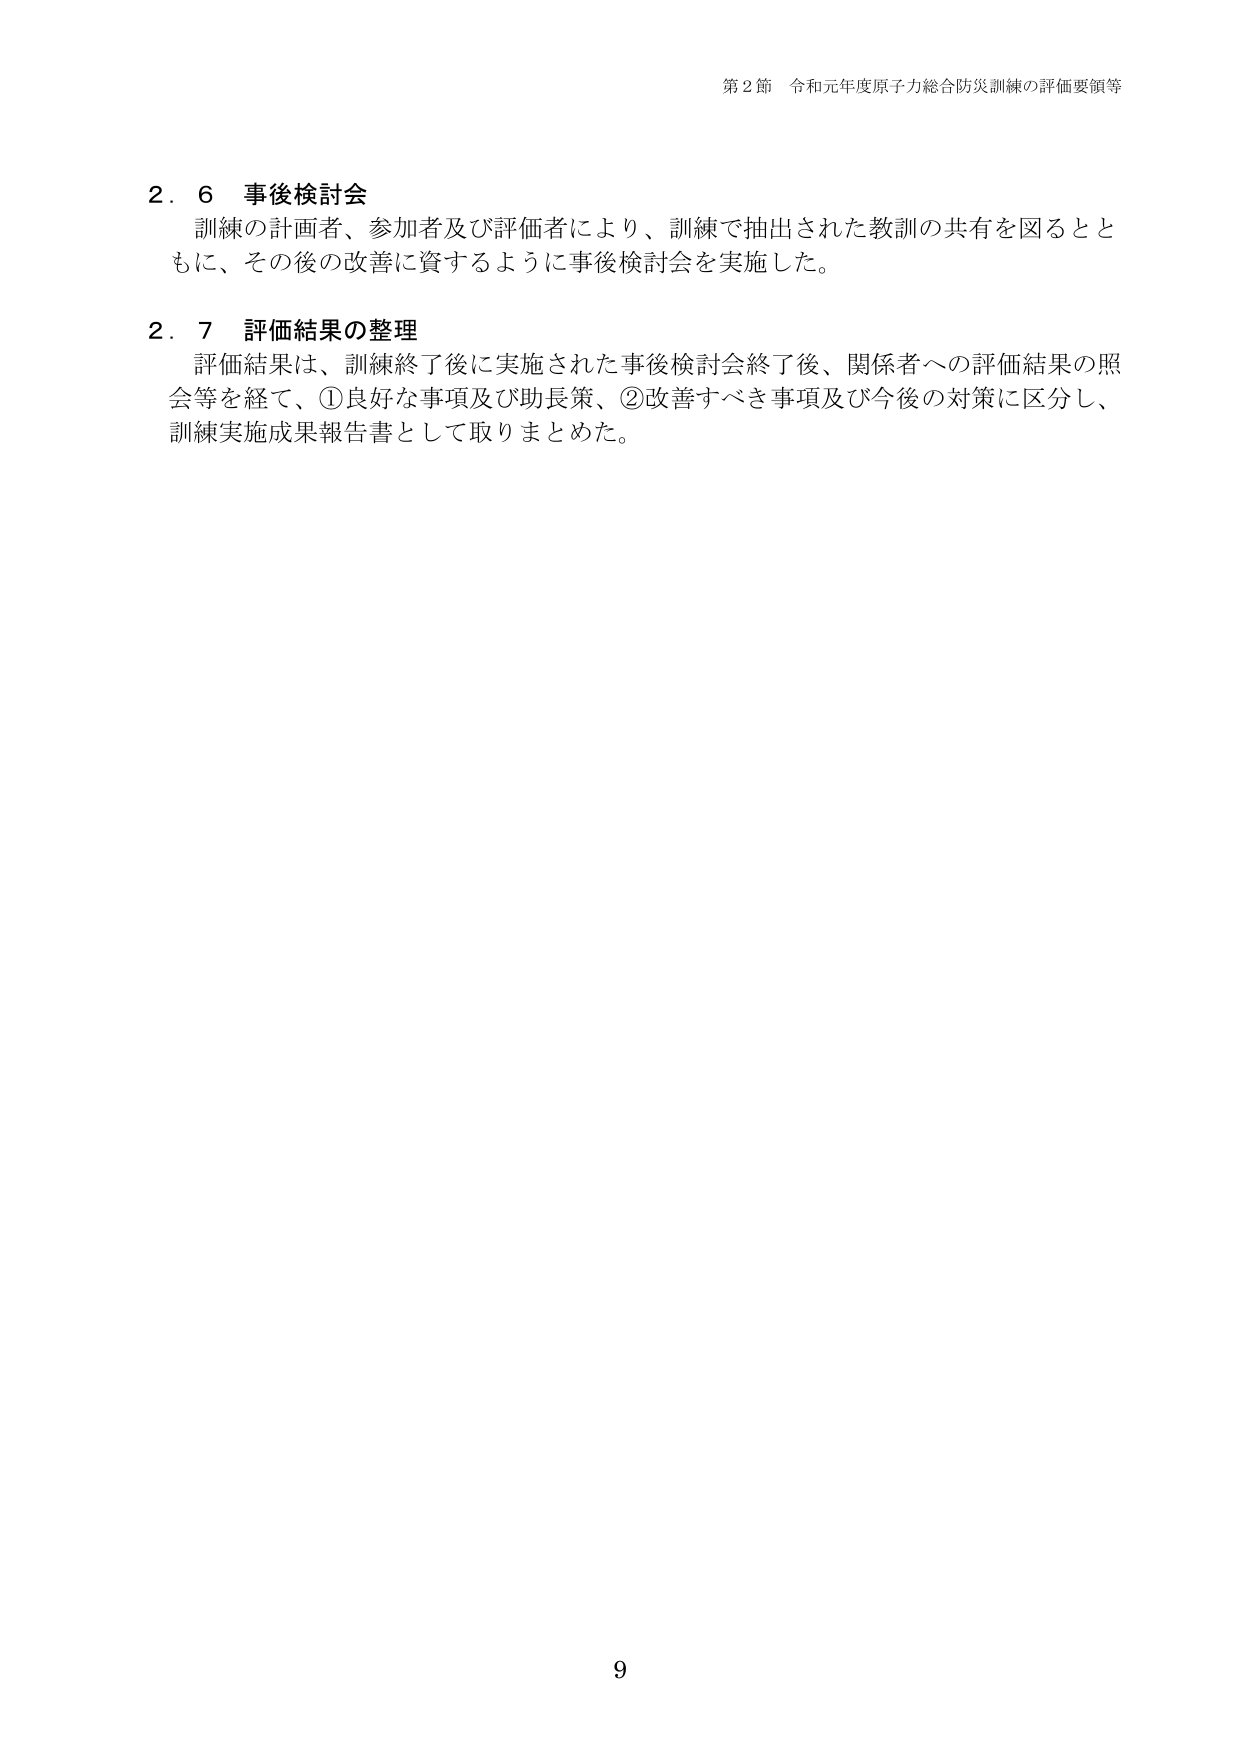
第２節 令和元年度原子力総合防災訓練の評価要領等

２．６ 事後検討会
訓練の計画者、参加者及び評価者により、訓練で抽出された教訓の共有を図るとともに、その後の改善に資するように事後検討会を実施した。

２．７ 評価結果の整理
評価結果は、訓練終了後に実施された事後検討会終了後、関係者への評価結果の照会等を経て、①良好な事項及び助長策、②改善すべき事項及び今後の対策に区分し、訓練実施成果報告書として取りまとめた。

9